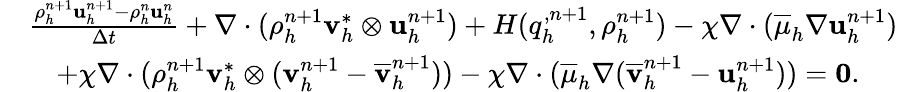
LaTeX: \begin{array}{rl}&{\frac{\rho_{h}^{n+1}\mathbf u_{h}^{n+1}-\rho_{h}^{n}\mathbf u_{h}^{n}}{\Delta t}+\nabla\cdot(\rho_{h}^{n+1}\mathbf v_{h}^{*}\otimes\mathbf u_{h}^{n+1})+H(q_{h}^{,n+1},\rho_{h}^{n+1})-\chi\nabla\cdot(\overline{{\mu}}_{h}\nabla{\mathbf u}_{h}^{n+1})}\\ &{\quad+\chi\nabla\cdot(\rho_{h}^{n+1}\mathbf v_{h}^{*}\otimes(\mathbf v_{h}^{n+1}-\overline{{\mathbf v}}_{h}^{n+1}))-\chi\nabla\cdot(\overline{{\mu}}_{h}\nabla(\overline{{\mathbf v}}_{h}^{n+1}-{\mathbf u}_{h}^{n+1}))=\boldsymbol{0}.}\end{array}